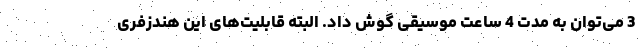
3 می‌توان به مدت 4 ساعت موسیقی گوش داد. البته قابلیت‌های این هندزفری